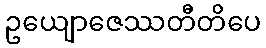
ဥယျောဇေဿတီတိပေ